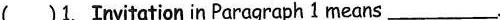
( )1. Invitation in Paragraph 1 means